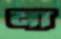
না